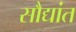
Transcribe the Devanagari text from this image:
सौद्यांत